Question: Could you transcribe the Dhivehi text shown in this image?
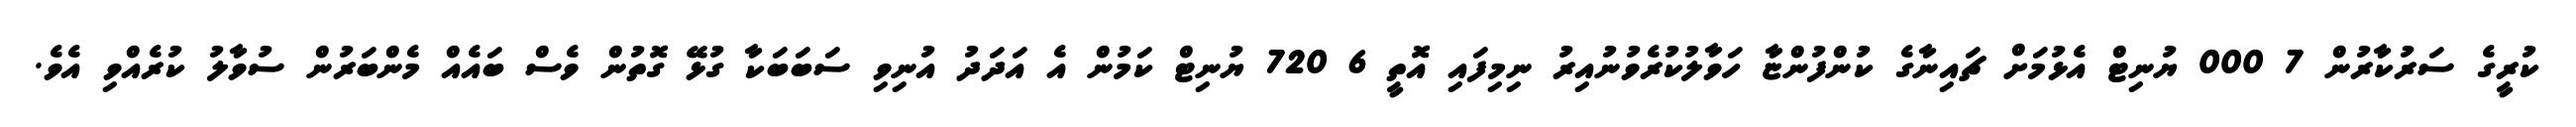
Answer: ކުރީގެ ސަރުކާރުން 7 000 ޔުނިޓް އެޅުމަށް ޗައިނާގެ ކުންފުންޏާ ހަވާލުކުރެވުނުއިރު ނިމިފައި އޮތީ 6 720 ޔުނިޓް ކަމުން އެ އަދަދު އުނިވި ސަބަބަކާ ގުޅޭ ގޮތުން ވެސް ބައެއް މެންބަރުން ސުވާލު ކުރެއްވި އެވެ.